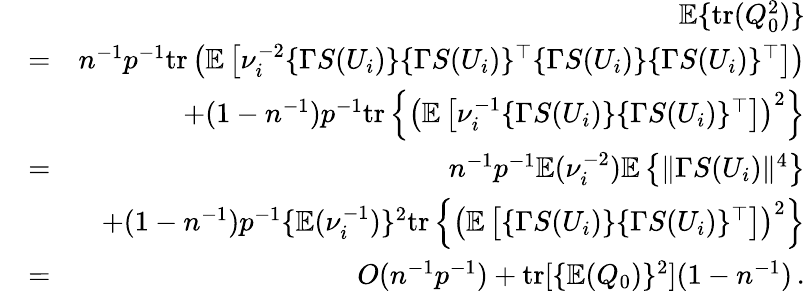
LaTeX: \begin{array}{rlr}&{}&{{\mathbb{E}}\{ \mathrm{tr}(Q_{0}^{2})\} }\\ &{=}&{n^{-1}p^{-1}\mathrm{tr}\left({\mathbb{E}}\left[\nu_{i}^{-2}\{ \Gamma S(U_{i})\} \{ \Gamma S(U_{i})\} ^{\top}\{ \Gamma S(U_{i})\} \{ \Gamma S(U_{i})\} ^{\top}\right]\right)}\\ &{}&{+(1-n^{-1})p^{-1}\mathrm{tr}\left\{ \left({\mathbb{E}}\left[\nu_{i}^{-1}\{ \Gamma S(U_{i})\} \{ \Gamma S(U_{i})\} ^{\top}\right]\right)^{2}\right\} }\\ &{=}&{n^{-1}p^{-1}{\mathbb{E}}(\nu_{i}^{-2}){\mathbb{E}}\left\{ \| \Gamma S(U_{i})\| ^{4}\right\} }\\ &{}&{+(1-n^{-1})p^{-1}\{ {\mathbb{E}}(\nu_{i}^{-1})\} ^{2}\mathrm{tr}\left\{ \left({\mathbb{E}}\left[\{ \Gamma S(U_{i})\} \{ \Gamma S(U_{i})\} ^{\top}\right]\right)^{2}\right\} }\\ &{=}&{O(n^{-1}p^{-1})+\mathrm{tr}[\{ {\mathbb{E}}(Q_{0})\} ^{2}](1-n^{-1})\, .}\end{array}